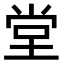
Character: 堂